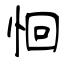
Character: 恛